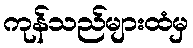
ကုန်သည်များထံမှ